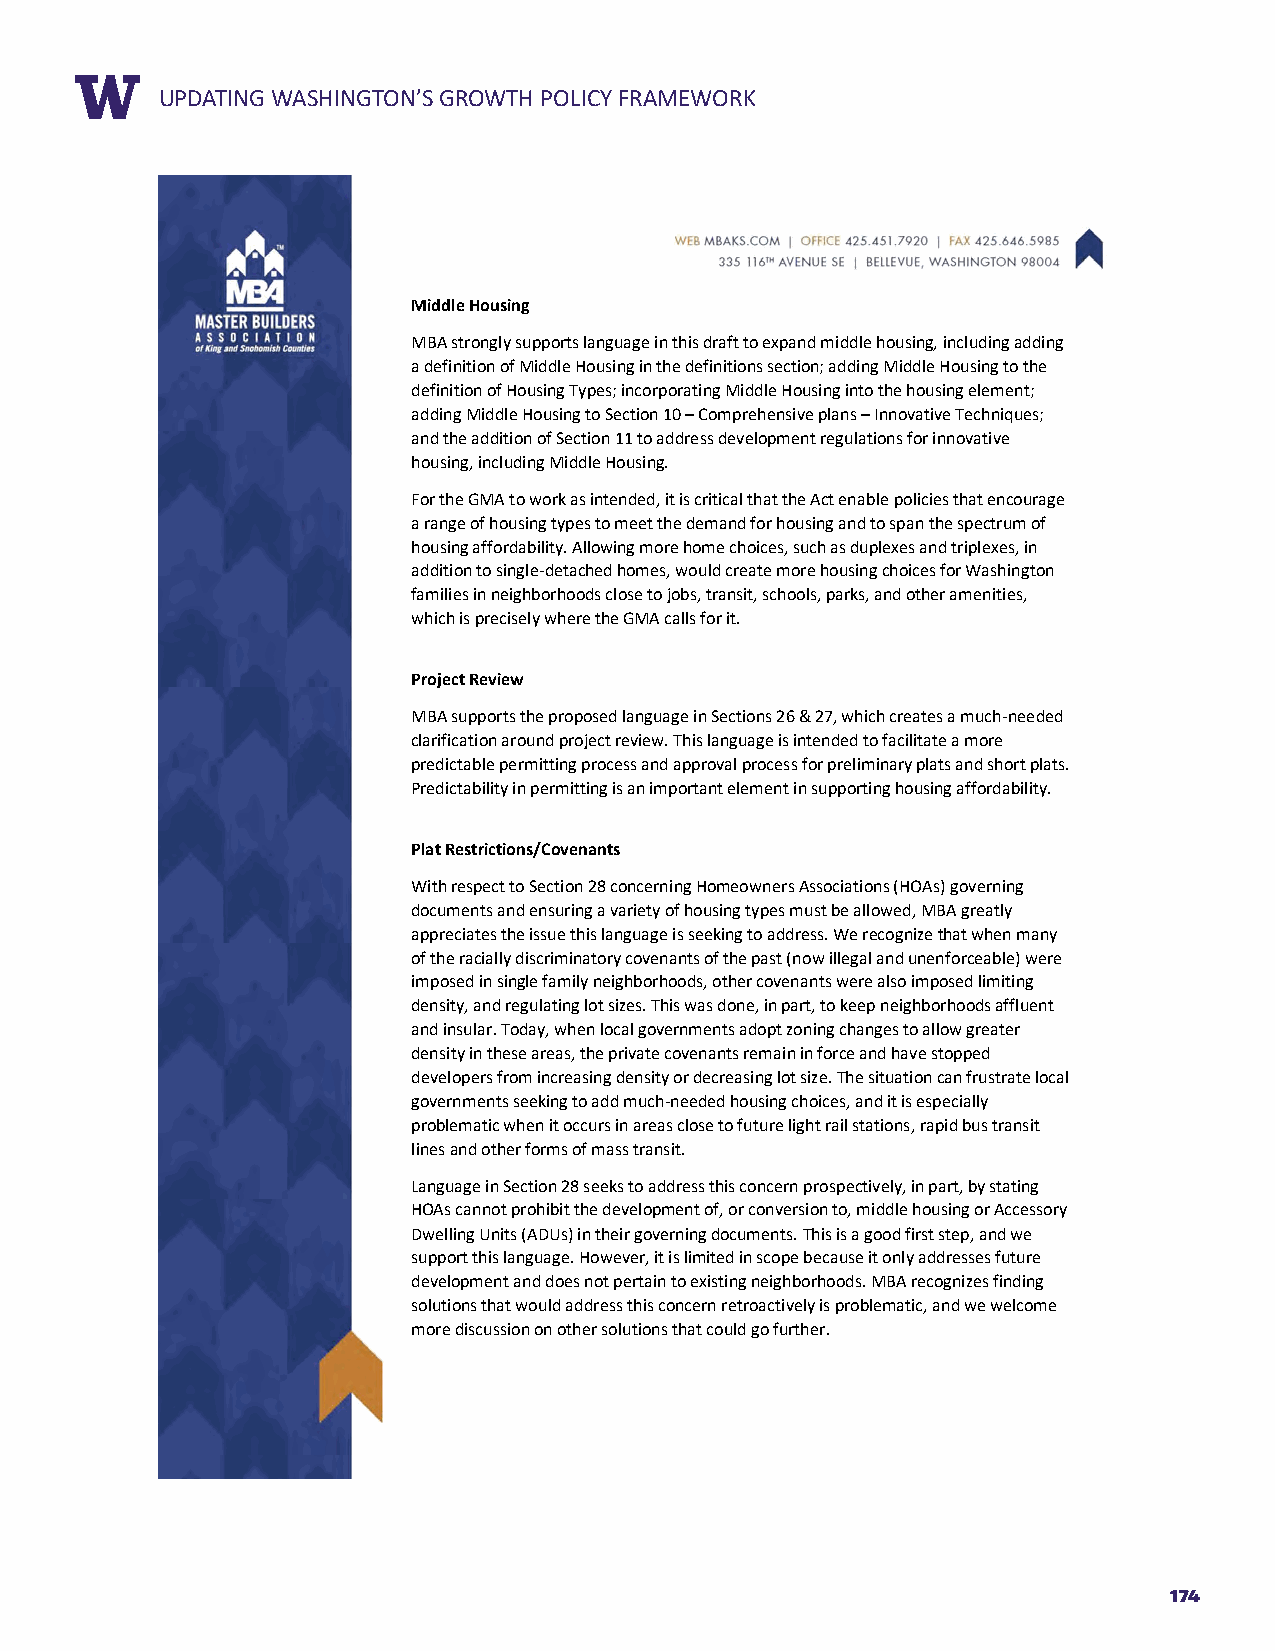
RUEPPDOARTTIN TGIT WLEASHINGTON’S GROWTH POLICY FRAMEWORK
 Middle Housing
 MBA strongly supports language in this draft to expand middle housing, including adding
 a definition of Middle Housing in the definitions section; adding Middle Housing to the
 definition of Housing Types; incorporating Middle Housing into the housing element;
 adding Middle Housing to Section 10 – Comprehensive plans – Innovative Techniques;
 and the addition of Section 11 to address development regulations for innovative
 housing, including Middle Housing.
 For the GMA to work as intended, it is critical that the Act enable policies that encourage
 a range of housing types to meet the demand for housing and to span the spectrum of
 housing affordability. Allowing more home choices, such as duplexes and triplexes, in
 addition to single-detached homes, would create more housing choices for Washington
 families in neighborhoods close to jobs, transit, schools, parks, and other amenities,
 which is precisely where the GMA calls for it.
 Project Review
 MBA supports the proposed language in Sections 26 & 27, which creates a much-needed
 clarification around project review. This language is intended to facilitate a more
 predictable permitting process and approval process for preliminary plats and short plats.
 Predictability in permitting is an important element in supporting housing affordability.
 Plat Restrictions/Covenants
 With respect to Section 28 concerning Homeowners Associations (HOAs) governing
 documents and ensuring a variety of housing types must be allowed, MBA greatly
 appreciates the issue this language is seeking to address. We recognize that when many
 of the racially discriminatory covenants of the past (now illegal and unenforceable) were
 imposed in single family neighborhoods, other covenants were also imposed limiting
 density, and regulating lot sizes. This was done, in part, to keep neighborhoods affluent
 and insular. Today, when local governments adopt zoning changes to allow greater
 density in these areas, the private covenants remain in force and have stopped
 developers from increasing density or decreasing lot size. The situation can frustrate local
 governments seeking to add much-needed housing choices, and it is especially
 problematic when it occurs in areas close to future light rail stations, rapid bus transit
 lines and other forms of mass transit.
 Language in Section 28 seeks to address this concern prospectively, in part, by stating
 HOAs cannot prohibit the development of, or conversion to, middle housing or Accessory
 Dwelling Units (ADUs) in their governing documents. This is a good first step, and we
 support this language. However, it is limited in scope because it only addresses future
 development and does not pertain to existing neighborhoods. MBA recognizes finding
 solutions that would address this concern retroactively is problematic, and we welcome
 more discussion on other solutions that could go further.
 174